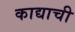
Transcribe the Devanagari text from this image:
काद्याची